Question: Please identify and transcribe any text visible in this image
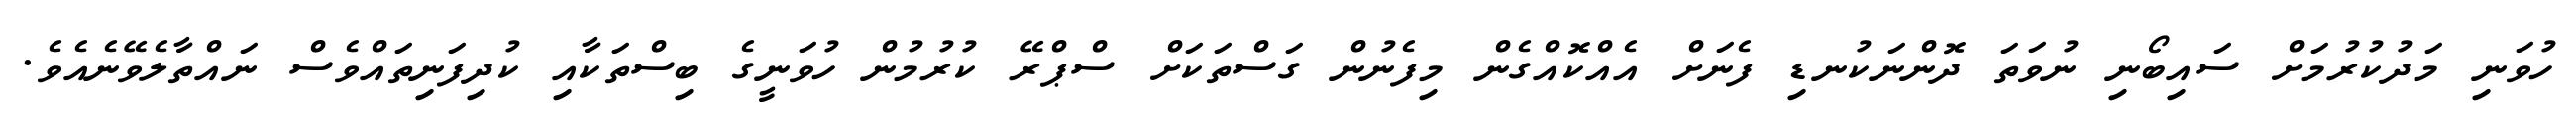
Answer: ހުވަނި މަދުކުރުމަށް ސައިބޯނި ނުވަތަ ދޮންނަކުނޑި ފެނަށް އެއްކޮއްގެން މިފެނުން ގަސްތަކަށް ސްޕްރޭ ކުރުމުން ހުވަނީގެ ބިސްތަކާއި ކުދިފަނިތައްވެސް ނައްތާލެވޭނެއެވެ.